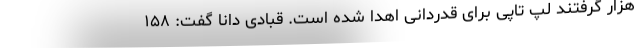
هزار گرفتند لپ تاپی برای قدردانی اهدا شده است. قبادی دانا گفت: ۱۵۸